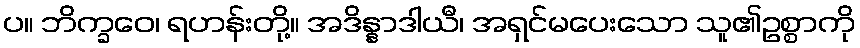
ပ။ ဘိက္ခဝေ၊ ရဟန်းတို့။ အဒိန္နာဒါယီ၊ အရှင်မပေးသော သူ၏ဥစ္စာကို